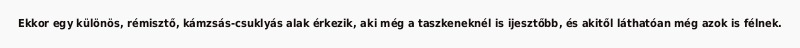
Ekkor egy különös, rémisztő, kámzsás-csuklyás alak érkezik, aki még a taszkeneknél is ijesztőbb, és akitől láthatóan még azok is félnek.